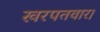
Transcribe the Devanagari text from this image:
खरपतवार।